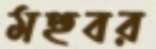
মহুবর